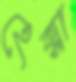
হেক্সা